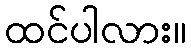
ထင်ပါလား။